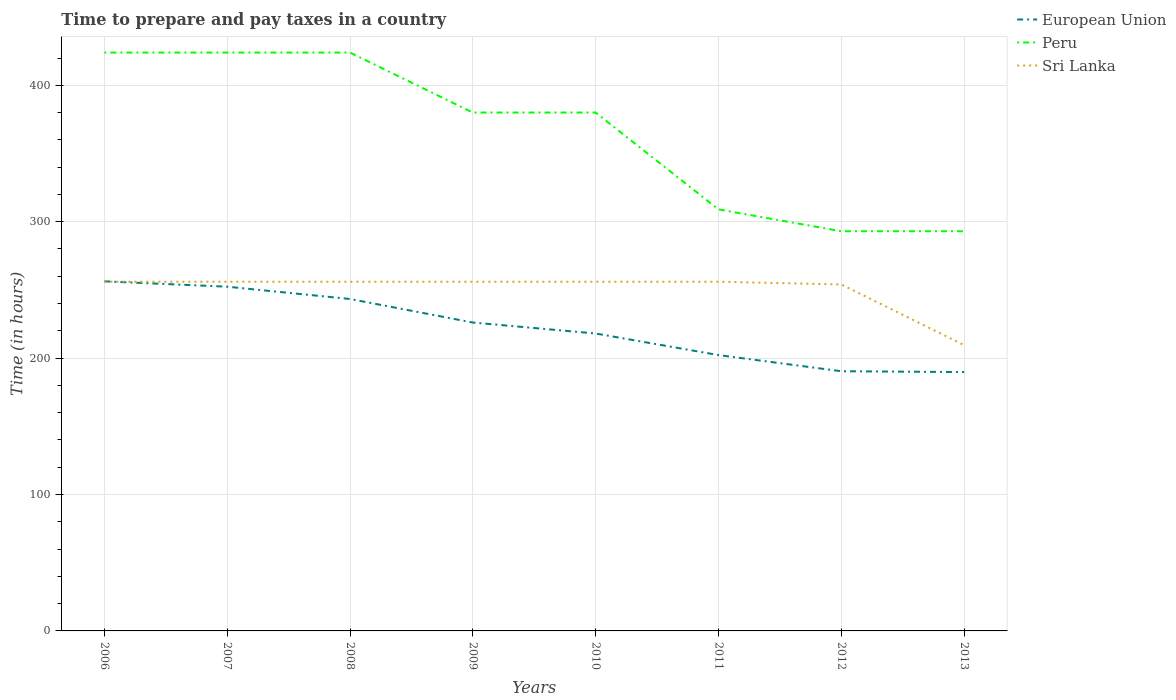
| Years | European Union | Peru | Sri Lanka |
 | --- | --- | --- | --- |
 | 2006 | 256 | 424 | 256 |
 | 2007 | 252 | 424 | 256 |
 | 2008 | 243 | 424 | 256 |
 | 2009 | 226 | 380 | 256 |
 | 2010 | 218 | 380 | 256 |
 | 2011 | 202 | 309 | 256 |
 | 2012 | 190 | 293 | 254 |
 | 2013 | 190 | 293 | 210 |